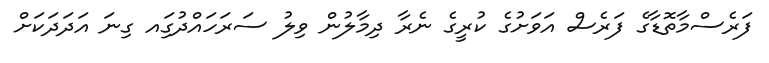
ފަރެސްމާތޮޑާގެ ފަރެސް އަވަށުގެ ކުރީގެ ނެރާ ދިމާލުން ވިލު ސަރަހައްދުގަިއ ގިނަ އަދަދަކަށް